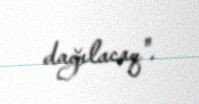
dağılacaq".